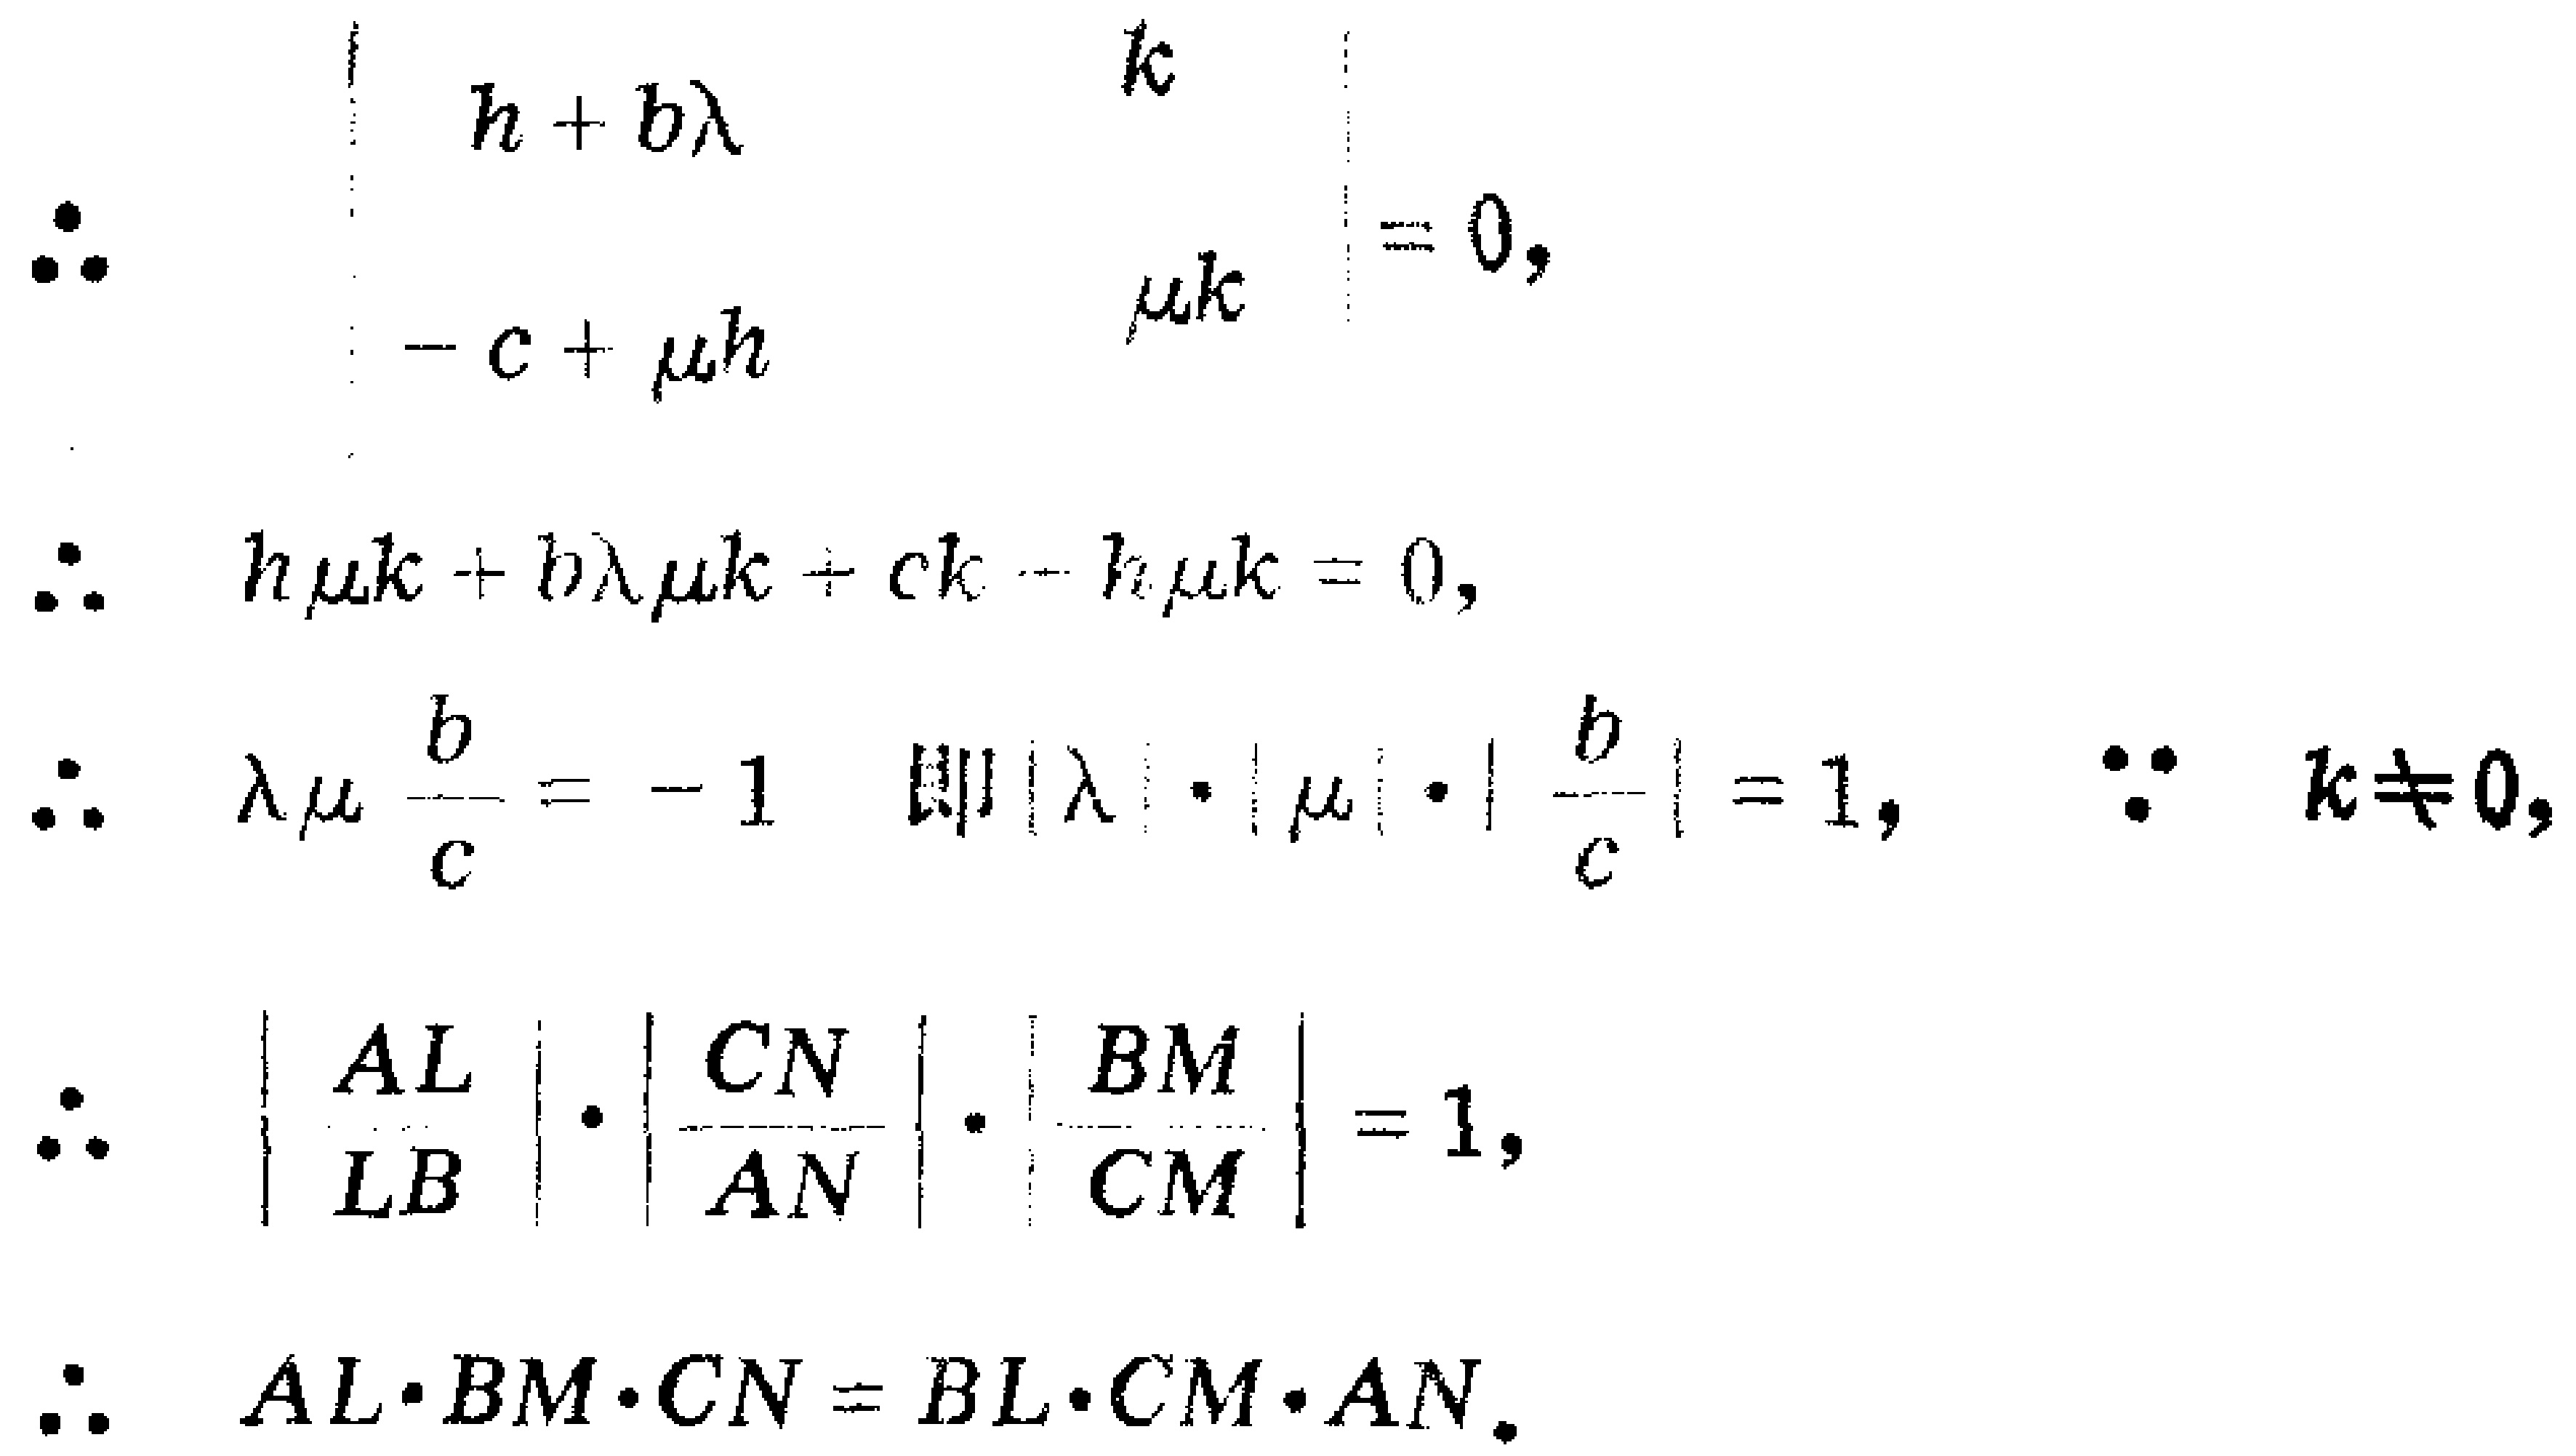
\[

\begin{align*}

\therefore \begin{vmatrix}

h + b\lambda & k \\

-c+\mu h & \mu k

\end{vmatrix}&= 0,\\

\therefore h\mu k + b\lambda\mu k+ck - h\mu k&= 0,\\

\therefore \lambda\mu\frac{b}{c}&= - 1\quad 即|\lambda|\cdot|\mu|\cdot\left|\frac{b}{c}\right| = 1,\quad\because k\neq0,\\

\therefore \left|\frac{AL}{LB}\right|\cdot\left|\frac{CN}{AN}\right|\cdot\left|\frac{BM}{CM}\right|&= 1,\\

\therefore AL\cdot BM\cdot CN&= BL\cdot CM\cdot AN.

\end{align*}

\]